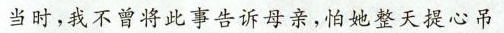
当时，我不曾将此事告诉丹亲，怕她整天提心吊